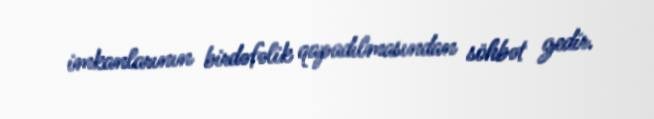
imkanlarının birdəfəlik qapadılmasından söhbət gedir.